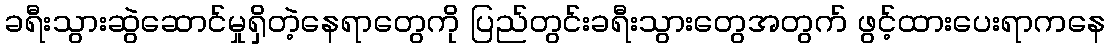
ခရီးသွားဆွဲဆောင်မှုရှိတဲ့နေရာတွေကို ပြည်တွင်းခရီးသွားတွေအတွက် ဖွင့်ထားပေးရာကနေ